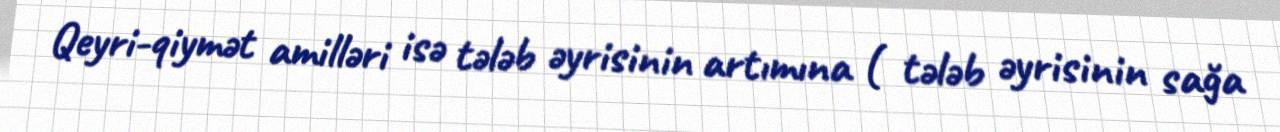
Qeyri-qiymət amilləri isə tələb əyrisinin artımına ( tələb əyrisinin sağa